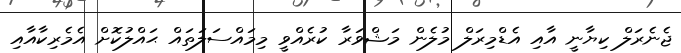
ޖެނެރަލް ކިޔާނީ އާއި އެޑްމިރަލް މުލެން މަޝްވަރާ ކުރެއްވީ މިމައްސަލަތައް ޙައްލުކޮށް އެމެރިކާއާއި